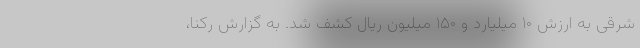
شرقی به ارزش ۱۰ میلیارد و ۱۵۰ میلیون ریال کشف شد. به گزارش رکنا،